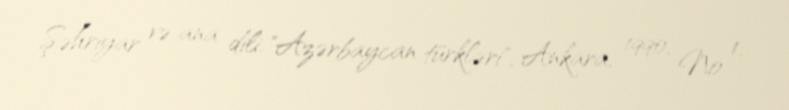
Şəhriyar və ana dili, "Azərbaycan türkləri", Ankara, 1990, № 1.